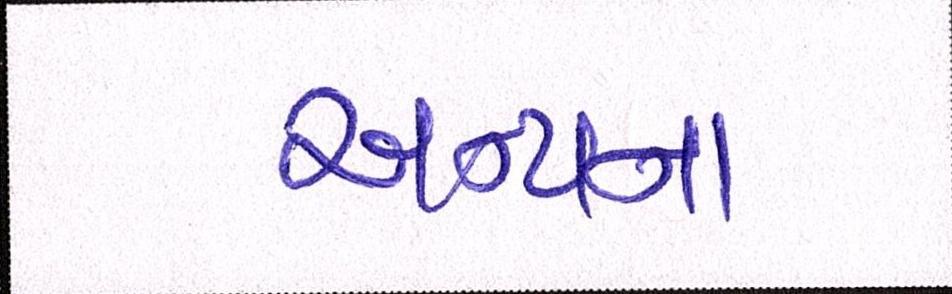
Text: અન્યના